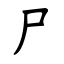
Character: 尸